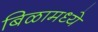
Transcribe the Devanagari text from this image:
बिळामध्ये